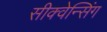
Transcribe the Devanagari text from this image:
सीक्वेन्सिंग